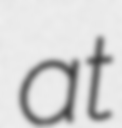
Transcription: at